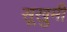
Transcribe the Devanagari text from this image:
सूखुमी